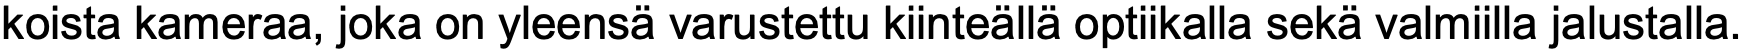
koista kameraa, joka on yleensä varustettu kiinteällä optiikalla sekä valmiilla jalustalla.